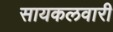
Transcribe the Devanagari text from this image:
सायकलवारी